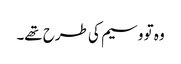
وہ تو وسیم کی طرح تھے۔